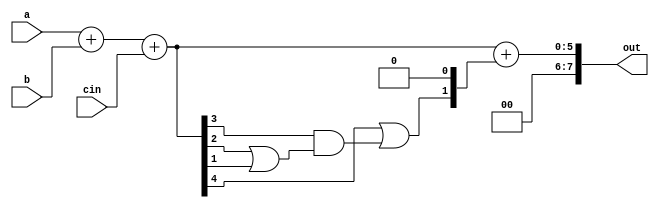
module bcd_adder(out,a,b,cin);
supply0 gnd;
input cin;
input [3:0] a,b;
output [7:0] out;
wire [3:0]add;
wire [4:0] temp = a+b+cin;

// assign out = (temp > 9) ? (temp + 4'b0110) : (temp);        // will take too much hardware (1mux, 1 5bit comparator, 1adder)

// get carry for bcd;
assign c_bcd = temp[4] | (temp[3]&(temp[2] | temp[1]));
// assign add = c_bcd ? 4'b0110 : 4'b0000;


// used only a mux and adder and a few gates

// the mux can be removed by writting the above add as below;
assign add[2:1] = c_bcd;
assign add[3] = gnd;
assign add[0] = gnd;

assign out = temp + add;

endmodule